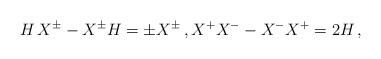
LaTeX: \begin{align*} H \, X^{\pm} - X^{\pm} H = \pm X^{\pm} \,, X^+ X^- - X^- X^+ = 2 H \,,\end{align*}